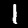
Label: 1